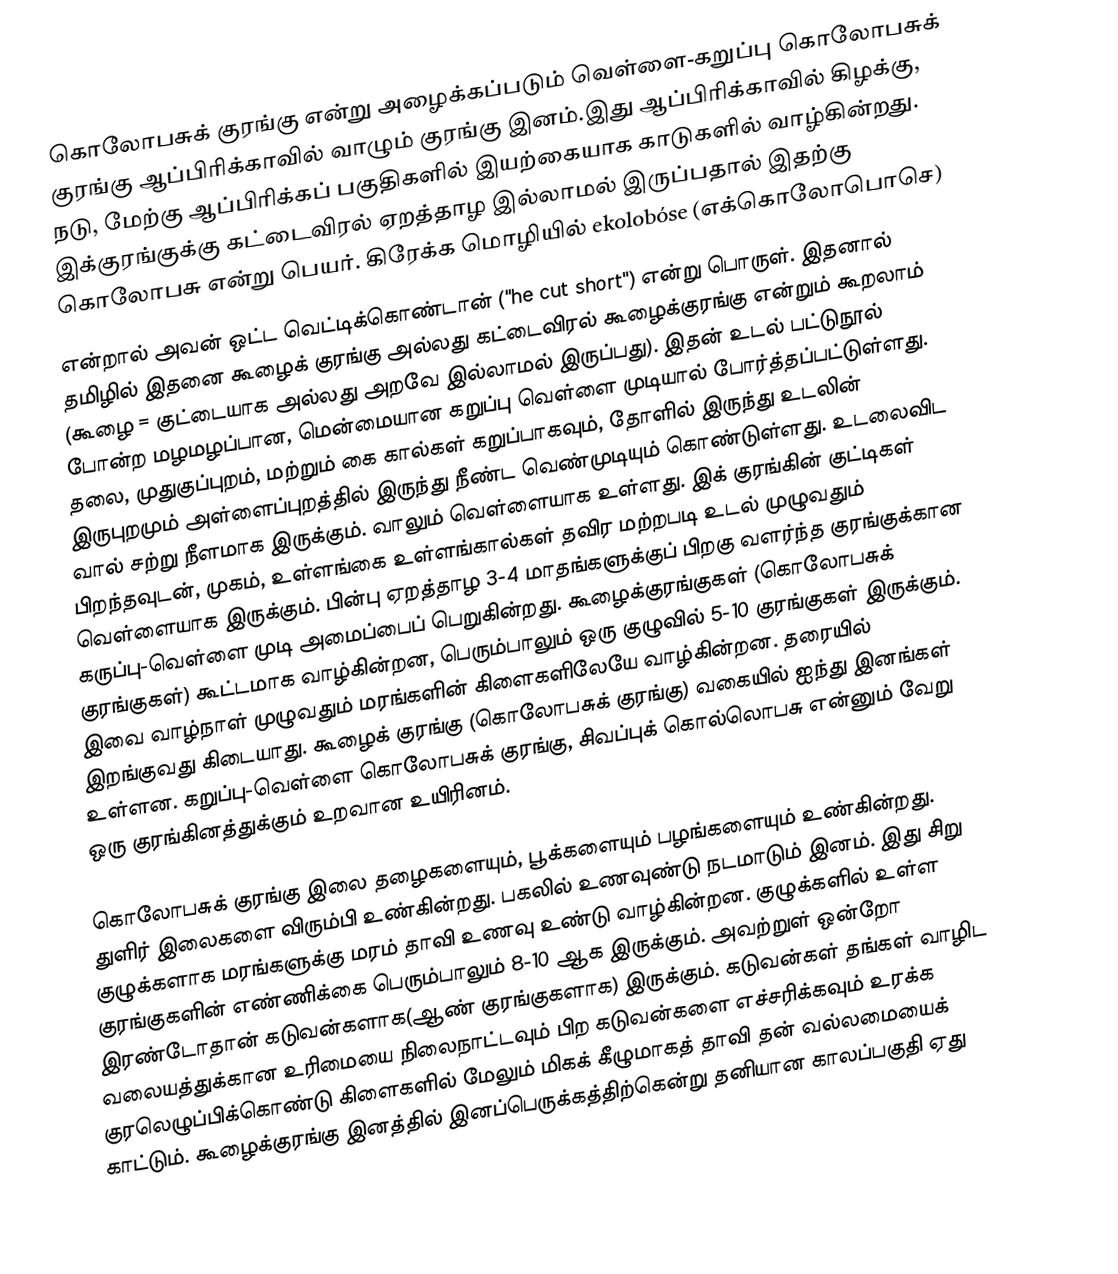
கொலோபசுக் குரங்கு என்று அழைக்கப்படும் வெள்ளை-கறுப்பு கொலோபசுக் குரங்கு ஆப்பிரிக்காவில் வாழும் குரங்கு இனம்.இது ஆப்பிரிக்காவில் கிழக்கு, நடு, மேற்கு ஆப்பிரிக்கப் பகுதிகளில் இயற்கையாக காடுகளில் வாழ்கின்றது. இக்குரங்குக்கு கட்டைவிரல் ஏறத்தாழ இல்லாமல் இருப்பதால்  இதற்கு கொலோபசு என்று பெயர். கிரேக்க மொழியில் ekolobóse (எக்கொலோபொசெ)
என்றால் அவன் ஒட்ட வெட்டிக்கொண்டான் ("he cut short") என்று பொருள். இதனால் தமிழில் இதனை  கூழைக் குரங்கு அல்லது கட்டைவிரல் கூழைக்குரங்கு என்றும் கூறலாம் (கூழை = குட்டையாக அல்லது அறவே இல்லாமல் இருப்பது). இதன் உடல் பட்டுநூல் போன்ற மழமழப்பான, மென்மையான கறுப்பு வெள்ளை முடியால் போர்த்தப்பட்டுள்ளது. தலை, முதுகுப்புறம், மற்றும் கை கால்கள் கறுப்பாகவும், தோளில் இருந்து உடலின் இருபுறமும் அள்ளைப்புறத்தில் இருந்து நீண்ட வெண்முடியும் கொண்டுள்ளது. உடலைவிட வால் சற்று நீளமாக இருக்கும். வாலும் வெள்ளையாக உள்ளது. இக் குரங்கின் குட்டிகள் பிறந்தவுடன், முகம், உள்ளங்கை உள்ளங்கால்கள் தவிர மற்றபடி உடல் முழுவதும் வெள்ளையாக இருக்கும். பின்பு ஏறத்தாழ 3-4 மாதங்களுக்குப் பிறகு வளர்ந்த குரங்குக்கான கருப்பு-வெள்ளை முடி அமைப்பைப் பெறுகின்றது. கூழைக்குரங்குகள் (கொலோபசுக் குரங்குகள்) கூட்டமாக வாழ்கின்றன, பெரும்பாலும் ஒரு குழுவில் 5-10 குரங்குகள் இருக்கும். இவை வாழ்நாள் முழுவதும் மரங்களின் கிளைகளிலேயே வாழ்கின்றன. தரையில் இறங்குவது கிடையாது. கூழைக் குரங்கு (கொலோபசுக் குரங்கு) வகையில் ஐந்து இனங்கள் உள்ளன.  கறுப்பு-வெள்ளை கொலோபசுக் குரங்கு, சிவப்புக் கொல்லொபசு என்னும் வேறு ஒரு குரங்கினத்துக்கும் உறவான உயிரினம்.

கொலோபசுக் குரங்கு இலை தழைகளையும், பூக்களையும் பழங்களையும் உண்கின்றது. துளிர் இலைகளை விரும்பி உண்கின்றது. பகலில் உணவுண்டு நடமாடும் இனம். இது சிறு குழுக்களாக மரங்களுக்கு மரம் தாவி உணவு உண்டு வாழ்கின்றன. குழுக்களில் உள்ள குரங்குகளின் எண்ணிக்கை பெரும்பாலும் 8-10 ஆக இருக்கும். அவற்றுள் ஒன்றோ இரண்டோதான் கடுவன்களாக(ஆண் குரங்குகளாக) இருக்கும். கடுவன்கள் தங்கள் வாழிட வலையத்துக்கான உரிமையை நிலைநாட்டவும் பிற கடுவன்களை எச்சரிக்கவும் உரக்க குரலெழுப்பிக்கொண்டு  கிளைகளில் மேலும் மிகக் கீழுமாகத் தாவி தன் வல்லமையைக் காட்டும். கூழைக்குரங்கு இனத்தில் இனப்பெருக்கத்திற்கென்று தனியான காலப்பகுதி ஏது